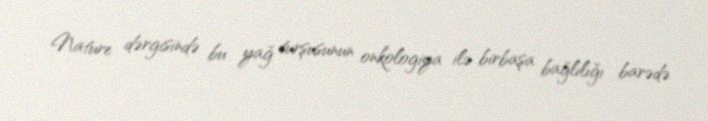
Nature dərgisində bu yağ turşusunun onkologiya ilə birbaşa bağlılığı barədə